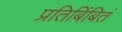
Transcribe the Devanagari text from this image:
प्रतिबिंबितं